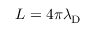
L = 4 \pi \lambda _ { \mathrm { D } }